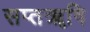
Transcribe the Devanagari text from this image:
सप्तॠषि